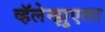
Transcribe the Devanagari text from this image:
व्हॅलेन्झुएला